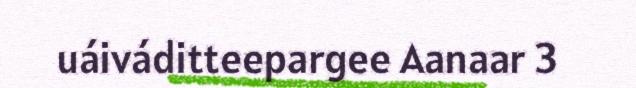
uáiváditteepargee Aanaar 3